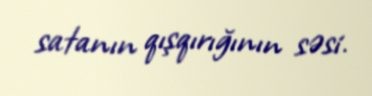
satanın qışqırığının səsi.